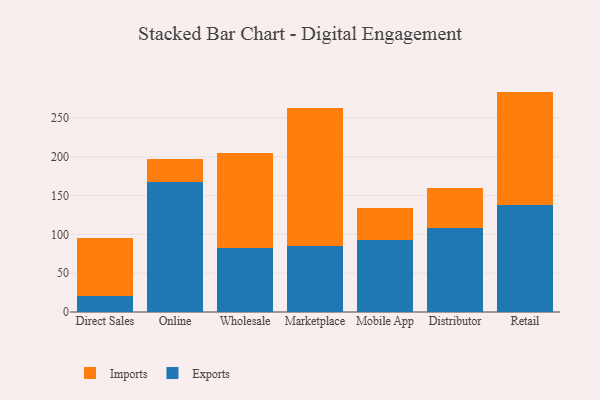
{"axis": {"x": "Channel", "y": "Conversion Rate (%)"}, "legend": ["Exports", "Imports"], "data": [{"x": "Direct Sales", "y": 20.9, "type": "Exports"}, {"x": "Direct Sales", "y": 74.4, "type": "Imports"}, {"x": "Online", "y": 167.7, "type": "Exports"}, {"x": "Online", "y": 29.7, "type": "Imports"}, {"x": "Wholesale", "y": 82.6, "type": "Exports"}, {"x": "Wholesale", "y": 122.2, "type": "Imports"}, {"x": "Marketplace", "y": 85.3, "type": "Exports"}, {"x": "Marketplace", "y": 177.9, "type": "Imports"}, {"x": "Mobile App", "y": 93.0, "type": "Exports"}, {"x": "Mobile App", "y": 41.7, "type": "Imports"}, {"x": "Distributor", "y": 108.5, "type": "Exports"}, {"x": "Distributor", "y": 51.2, "type": "Imports"}, {"x": "Retail", "y": 138.4, "type": "Exports"}, {"x": "Retail", "y": 145.7, "type": "Imports"}]}